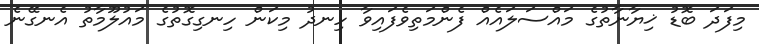
މިފަދަ ބޮޑު ޚިޔާނާތުގެ މައްސަލައެއް ފެންމަތިވެފައިވާ ހިނދު މިކަން ހިނގިގޮތުގެ މައުލޫމާތު އެނގޭނެ